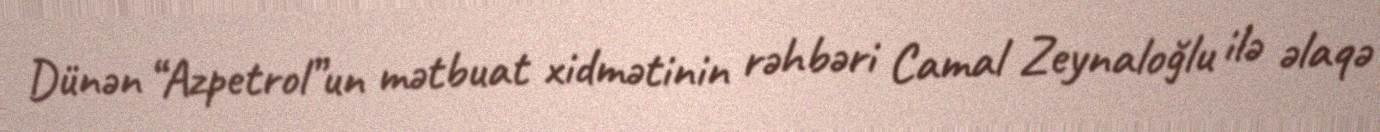
Dünən “Azpetrol”un mətbuat xidmətinin rəhbəri Camal Zeynaloğlu ilə əlaqə